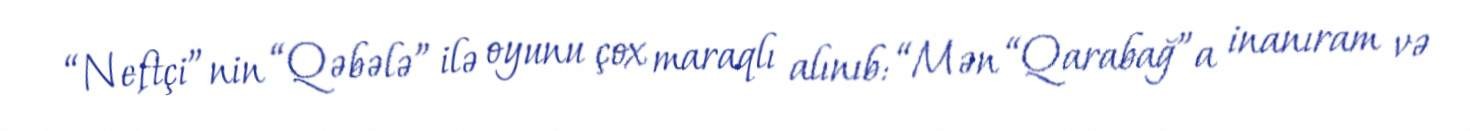
“Neftçi”nin “Qəbələ” ilə oyunu çox maraqlı alınıb: “Mən “Qarabağ”a inanıram və